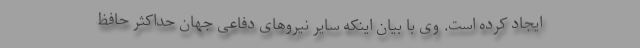
ایجاد کرده است. وی با بیان اینکه سایر نیروهای دفاعی جهان حداکثر حافظ